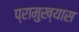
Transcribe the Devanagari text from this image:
प्रामुख्यास